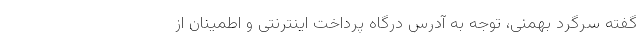
گفته سرگرد بهمنی، توجه به آدرس درگاه پرداخت اینترنتی و اطمینان از